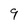
Character: 9